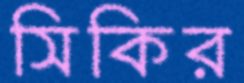
সিকির